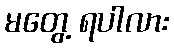
မတွေ့ ရပါလား